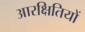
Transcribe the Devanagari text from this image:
आरक्षितियों